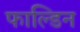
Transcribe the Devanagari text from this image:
फाल्डिन